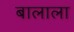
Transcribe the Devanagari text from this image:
बालाला